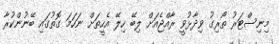
މިނިސްޓަރު ތޯރިގު ވިދާޅުވީ ރާއްޖެއަށް ލިބޭ ހިލޭ އެހީތަށް ނަހަމަ ގޮތުގައި ބޭނުންކުރާ